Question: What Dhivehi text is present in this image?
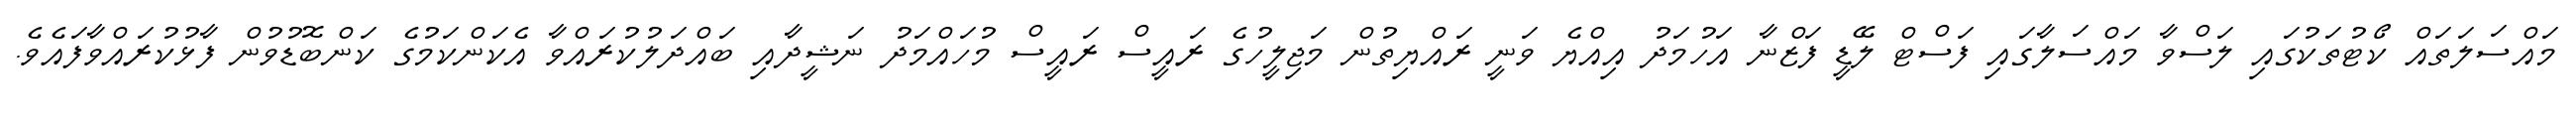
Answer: މައްސަލަތައް ކޯޓުތަކުގައި ލަސްވާ މައްސަލާގައި ފަސްޓް ލޭޑީ ފަޒްނާ އަހުމަދު އިއްޔެ ވަނީ ރައްޔިތުން މަޖިލީހުގެ ރައީސް ރައީސް މުހައްމަދު ނަޝީދާއި ބައްދަލުކުރައްވާ އެކަންކަމުގެ ކަންބޮޑުވުން ފާޅުކުރައްވާފައެވެ.